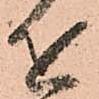
を